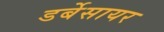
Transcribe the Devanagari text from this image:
डर्बेसायर